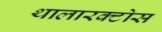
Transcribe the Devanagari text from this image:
थालारक्टोस